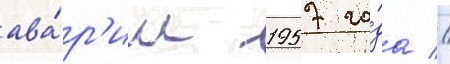
ава́р'ии 1957 го́да //